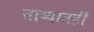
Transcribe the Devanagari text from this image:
ताब्यातही